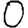
Digit: 0